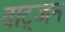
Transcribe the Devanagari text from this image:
वाट्जन